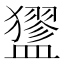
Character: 𥃃